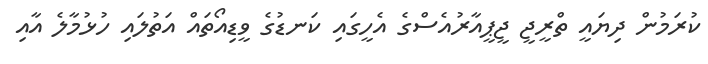
ކުރަމުން ދިޔައީ ތްރީޖީ ޖީޕީއާރުއެސްގެ އެހީގައި ކަނޑުގެ ވީޑިއޯތައް އަތުލައި ހުޅުމާލެ އާއި